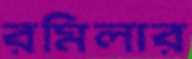
রমিলার